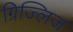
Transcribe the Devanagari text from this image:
ग्रिज्लिज